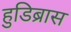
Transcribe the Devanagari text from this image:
हुडिब्रास